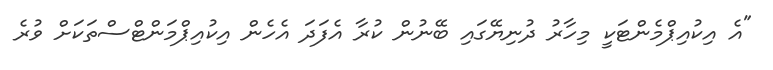
"އެ އިކުއިޕްމެންޓަކީ މިހާރު ދުނިޔޭގައި ބޭނުން ކުރާ އެފަދަ އެހެން އިކުއިޕްމަންޓްސްތަކަށް ވުރެ